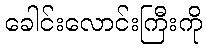
ခေါင်းလောင်းကြီးကို